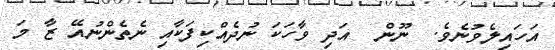
އަހައިލެވުނެވެ.  ނޫން  އަދި ވާހަކަ ނުދެއްކިފަކާއި ނެތެންނުއޭ ޒާ މަ